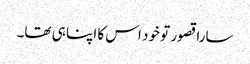
سارا قصور تو خود اس کا اپنا ہی تھا۔